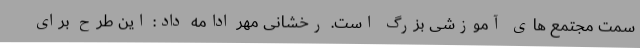
سمت مجتمع های آموزشی بزرگ است. رخشانی مهر ادامه داد: این طرح برای